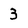
Character: 3